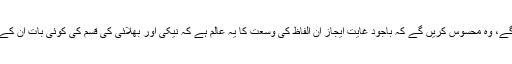
جو لوگ اس کلام پر غور کریں گے، وہ محسوس کریں گے کہ باجود غایت ایجاز ان الفاظ کی وسعت کا یہ عالم ہے کہ نیکی اور بھلائی کی قسم کی کوئی بات ان کے دائرہ سے باہر نہیں رہ گئی ہے۔